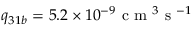
q _ { 3 1 b } = 5 . 2 \times 1 0 ^ { - 9 } \mathrm { ~ c ~ m ~ } ^ { 3 } \mathrm { ~ s ~ } ^ { - 1 }